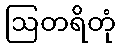
ဩတရိတုံ